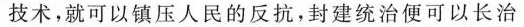
一些西洋先进技术，就可以镇压人民的反抗，封建统治便可以长治